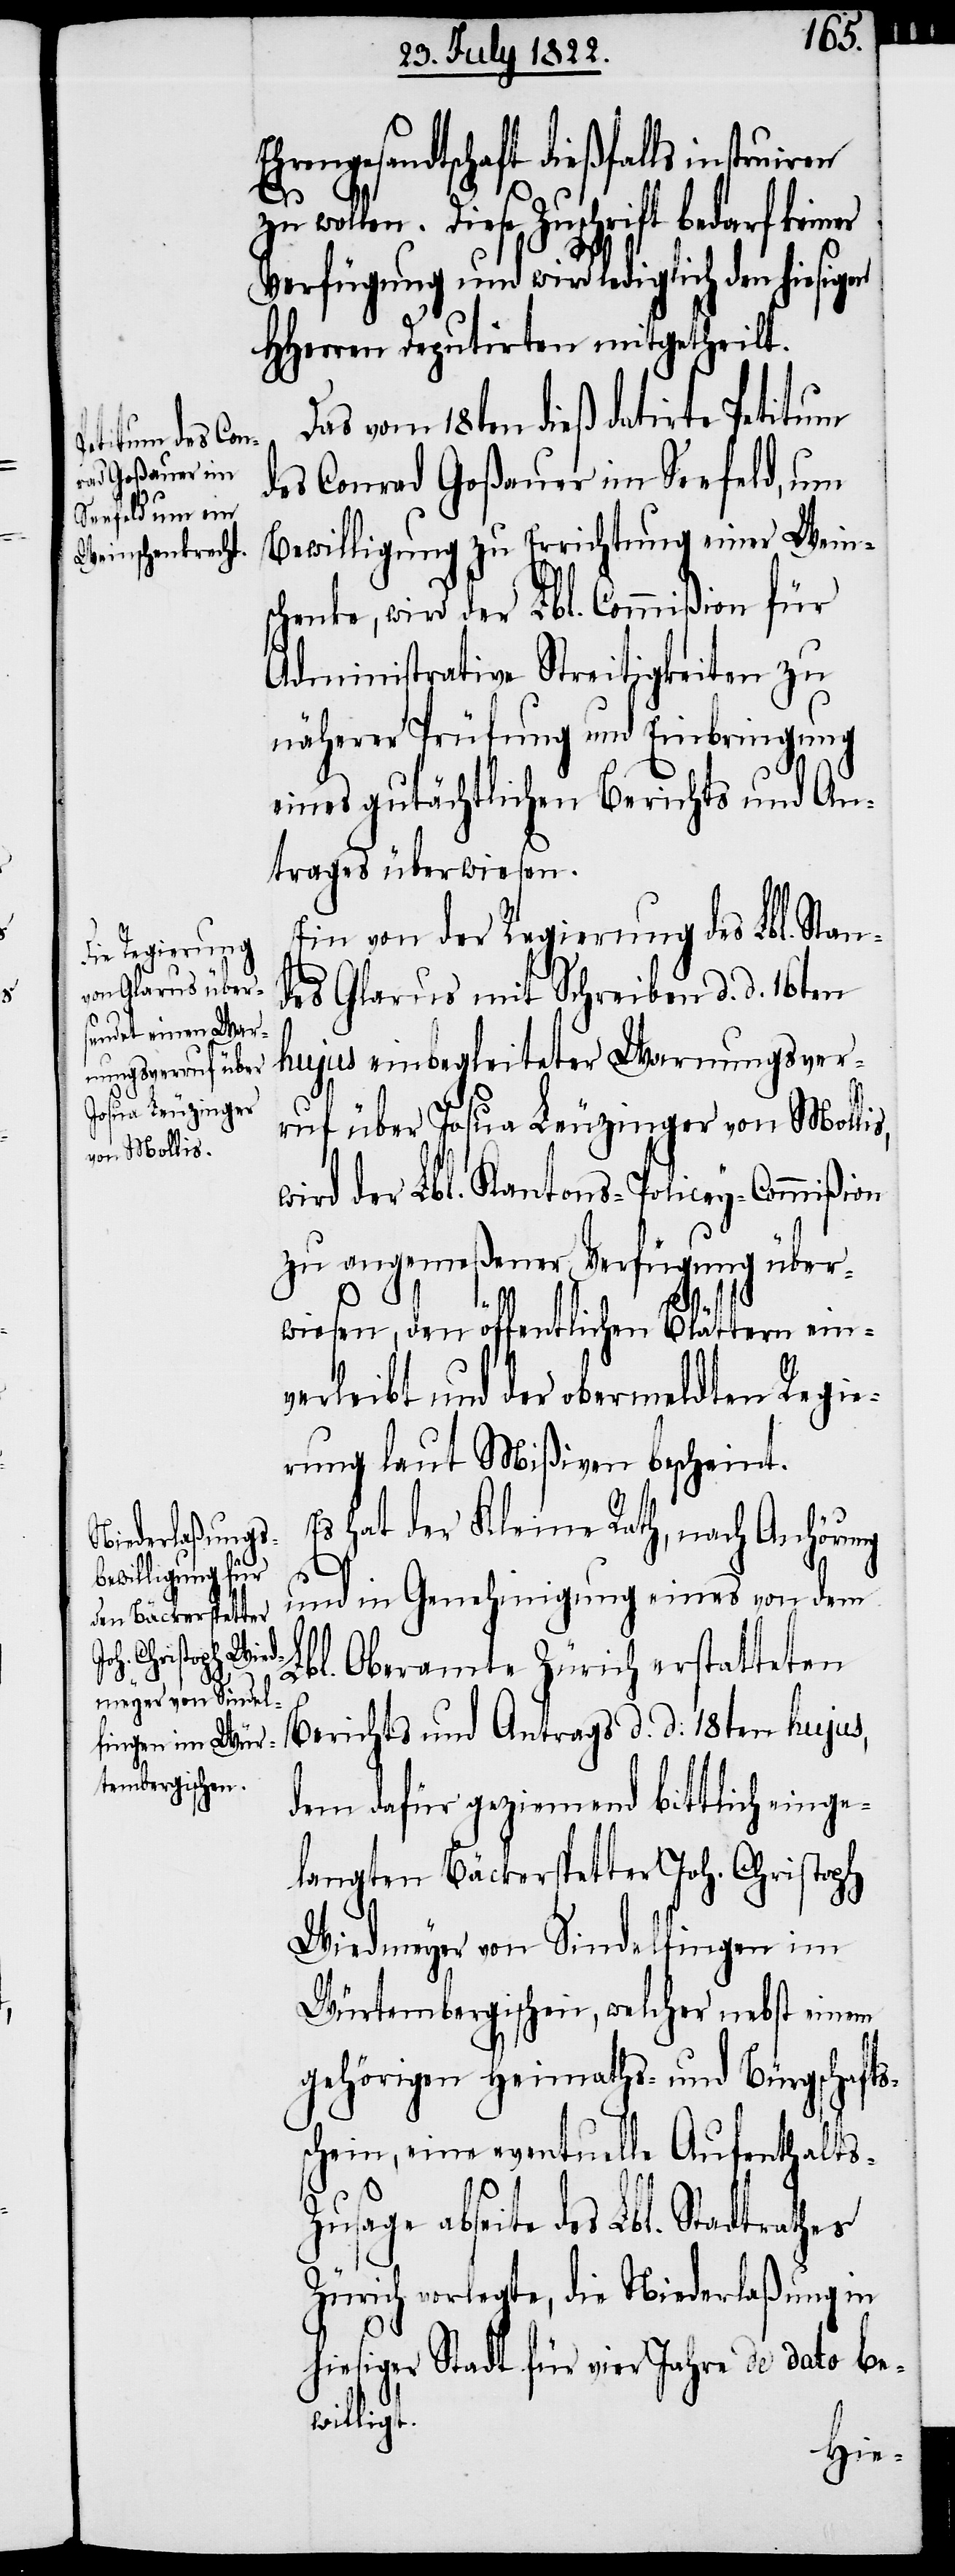
struiren

Ehrengesandtschaft dießfalls in¬
zu wollen. Diese Zuschrift bedarf
Verfügung und wird lediglich den hiesigen
HHerren Deputirten mitgetheilt.
Das vom 18ten dieß datirte Petitum
des Conrad Goßauer im Seefeld, um
Bewilligung zu Errichtung einer Wein¬
schenke, wird der Lbl. Commißion für
Administrative Streitigkeiten zu
näherer Prüfung und Einbringung
eines gutächtlichen Berichts und An¬
trages überwiesen.
Ein von der Regierung des Lbl. Stan¬
des Glarus mit Schreiben d. d. 16ten
hujus einbegleiteter Warnungsver¬
ruf über Josua Leuzinger von Mollis,
wird der Lbl. Kantons-Policey-Commißion
zu angemeßener Verfügung über¬
wiesen, den öffentlichen Blättern ein¬
verleibt und der obermeldten Regie¬
rung laut Mißiven bescheint.
hat der Kleine Rath, nach Anhörung
und in Genehmigung eines von dem
Lbl. Oberamte Zürich erstatteten
Berichts und Antrags d. d: 18ten hujus,
dem dafür geziemend bittlich einge¬
langten Bäckerspetter Joh. Christoph
Wiedmeyer von Sindelfingen im
Würtembergischen, welcher nebst einem
gehörigen Heimaths- und Bürgschafts¬
schein, eine eventuelle Aufenthalts-Z¬
usage abseite des Lbl. Stadtrathes
Zürich vorlegte, die Niederlaßung in
hiesiger Stadt für vier Jahre de dato be¬
willigt.